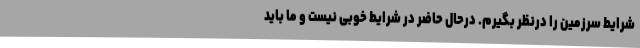
شرایط سرزمین را درنظر بگیرم. درحال‌ حاضر در شرایط خوبی نیست و ما باید